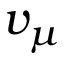
v _ { \mu }